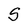
Character: S